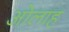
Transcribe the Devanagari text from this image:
ओलाह